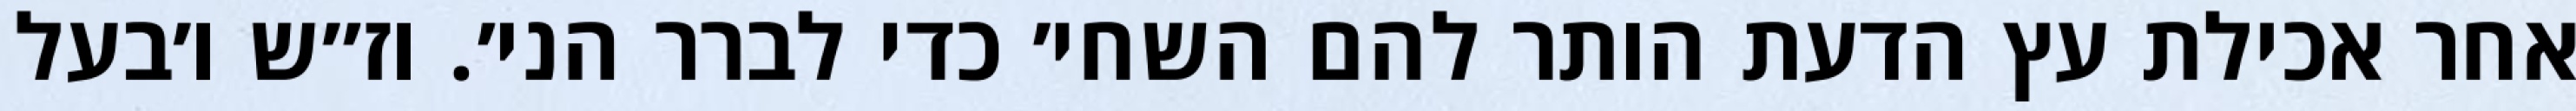
אחר אכילת עץ הדעת הותר להם השחי׳ כדי לברר הני׳. וז״ש ו׳בעל